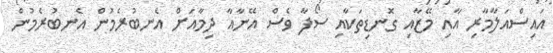
އައިސްއަލާމާރި އާއި މޭޒާއި ގޮނޑިތަކާއި ސޯފާ ވެސް އޭނާއާ ދިމާއަށް އެނބުރެމުން އެނބުރެމުން